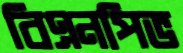
বিএনপিভ